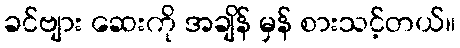
ခင်ဗျား ဆေးကို အချိန် မှန် စားသင့်တယ်။